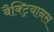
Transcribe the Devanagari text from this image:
बैक्ट्रियानस